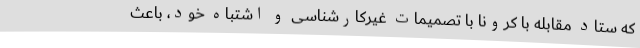
که ستاد مقابله با کرونا با تصمیمات غیرکارشناسی و اشتباه خود، باعث